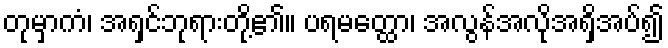
တုမှာကံ၊ အရှင်ဘုရားတို့၏။ ပရမတ္ထော၊ အလွန်အလိုအရှိအပ်၍